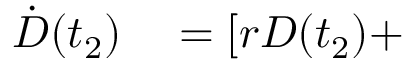
\begin{array} { r l } { \dot { D } ( t _ { 2 } ) } & { { } = [ r D ( t _ { 2 } ) + } \end{array}